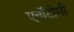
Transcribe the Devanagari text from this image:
एनॉटोमी